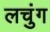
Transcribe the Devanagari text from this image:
लचुंग